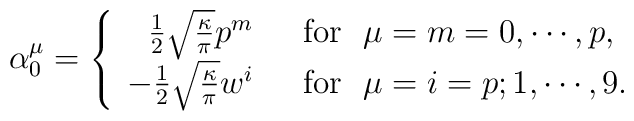
\alpha^{\mu}_{0}= \left\{\begin{array}{rl}\frac{1}{2} \sqrt{\frac{\kappa}{\pi}} p^{m}~~&\mbox{for}~~\mu=m=0, \cdots,p, \\ -\frac{1}{2} \sqrt{\frac{\kappa}{\pi}} w^{i}~~&\mbox{for}~~\mu=i=p;1,\cdots ,9. \end{array}\right.